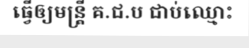
ធ្វើឲ្យមន្ត្រី គ.ជ.ប ជាប់ឈ្មោះ